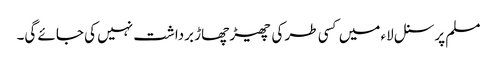
مسلم پرسنل لاء میں کسی طر کی چھیڑ چھاڑ برداشت نہیں کی جائے گی۔